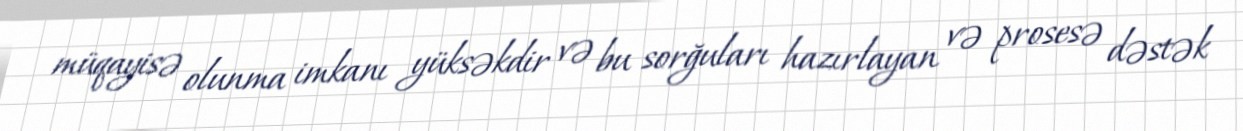
müqayisə olunma imkanı yüksəkdir və bu sorğuları hazırlayan və prosesə dəstək